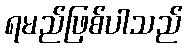
ရမည်ဖြစ်ပါသည်